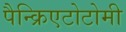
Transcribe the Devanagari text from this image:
पैन्क्रिएटोटोमी